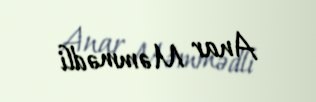
Anar Məmmədli